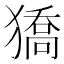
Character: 獢